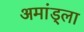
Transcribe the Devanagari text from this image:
अमांड्ला